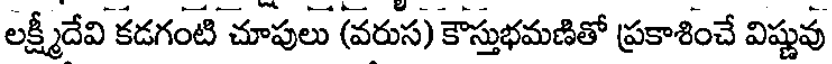
లక్ష్మీదేవి కడగంటి చూపులు (వరుస) కౌస్తుభమణితో ప్రకాశించే విష్ణువు